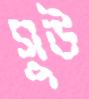
সুউ